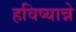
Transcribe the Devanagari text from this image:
हविष्यान्ने